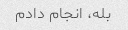
بله، انجام دادم